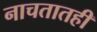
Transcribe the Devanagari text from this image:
नाचतातही